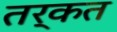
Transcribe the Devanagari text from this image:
तर्कत